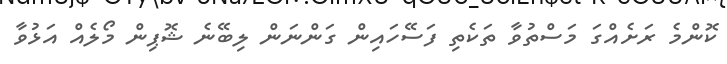
ކޮންމެ ރަށެއްގަ މަސްތުވާ ތަކެތި ފަސޭހައިން ގަންނަން ލިބޭނެ ޝޮޕިން މޯލެއް އަޅުވާ